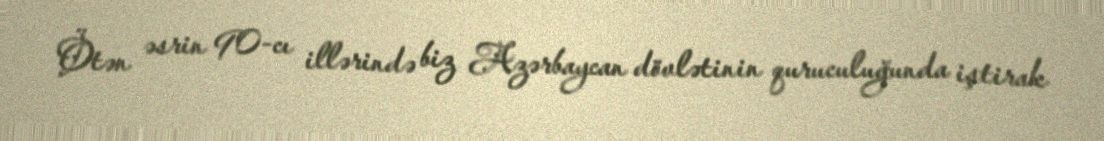
Ötən əsrin 90-cı illərində biz Azərbaycan dövlətinin quruculuğunda iştirak